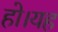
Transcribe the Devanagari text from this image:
हो।यह